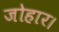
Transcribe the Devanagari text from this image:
जोहार।